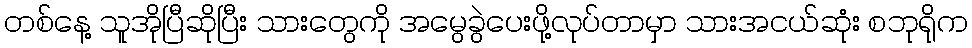
တစ်နေ့ သူအိုပြီဆိုပြီး သားတွေကို အမွေခွဲပေးဖို့လုပ်တာမှာ သားအငယ်ဆုံး စဘုရိုက